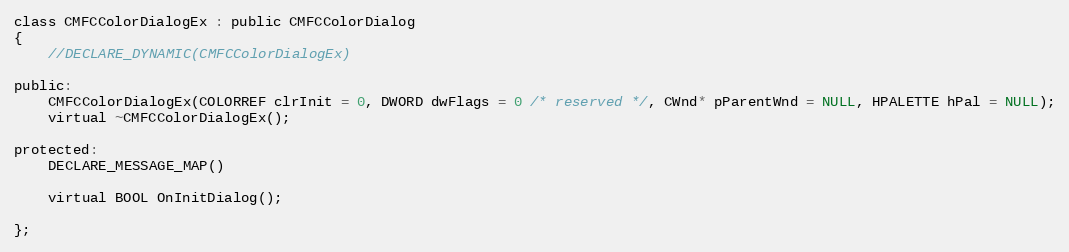
Language: C
class CMFCColorDialogEx : public CMFCColorDialog
{
	//DECLARE_DYNAMIC(CMFCColorDialogEx)

public:
	CMFCColorDialogEx(COLORREF clrInit = 0, DWORD dwFlags = 0 /* reserved */, CWnd* pParentWnd = NULL, HPALETTE hPal = NULL);
	virtual ~CMFCColorDialogEx();

protected:
	DECLARE_MESSAGE_MAP()

	virtual BOOL OnInitDialog();

};